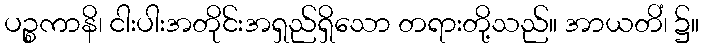
ပဉ္စကာနိ၊ ငါးပါးအတိုင်းအရှည်ရှိသော တရားတို့သည်။ အာယတိံ၊ ၌။